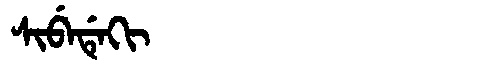
Manchu: ᠰᡳᠪᡝᡩᡝᡴᡳ
Romanization: SIBEDEKI